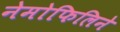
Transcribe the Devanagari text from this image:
नेमोफिलिने